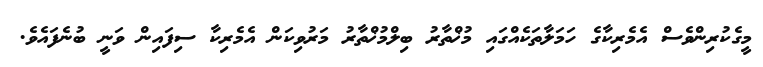
މީގެކުރިންވެސް އެމެރިކާގެ ހަމަލާތަކެއްގައި މުޚްތާރު ބިލްމުޚްތާރު މަރުވިކަން އެމެރިކާ ސިފައިން ވަނީ ބުނެފައެވެ.